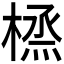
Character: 𪳜